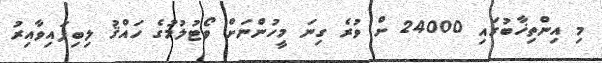
މި އިންތިޚާބުގައި 24000 ށް ވުރެ ގިނަ މީހުންނަށް ވޯޓުލުމުގެ ހައްޤު ލިބިފައިވާއިރު